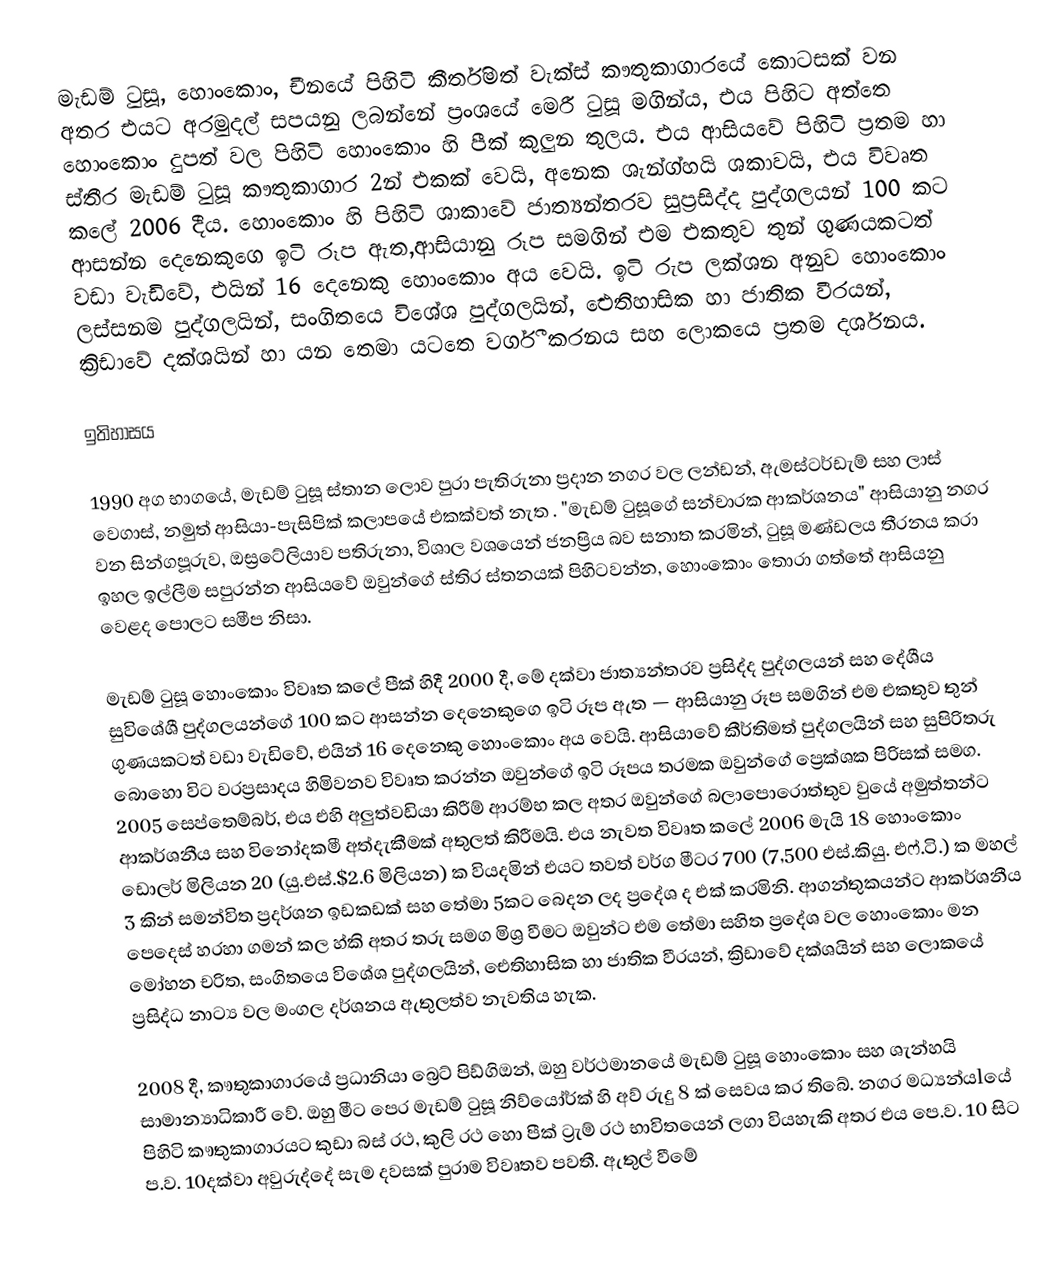
මැඩම් ටුසූ, හොංකොං, චීනයේ පිහිටි කීර්තිමත් වැක්ස් කෟතුකාගාරයේ කොටසක් වන අතර එයට අරමුදල් සපයනු ලබන්නේ ප්‍රංශයේ මෙරී ටුසූ මගින්ය, එය පිහිට අත්තෙ හොංකොං දුපත් වල පිහිටි හොංකොං හි පීක් කුලුන තුලය. එය ආසියවේ පිහිටි ප්‍රතම හා ස්තීර මැඩම් ටුසූ කෟතුකාගාර 2න් එකක් වෙයි, අනෙක ශැන්ග්හයි ශකාවයි, එය විවෘත කලේ 2006 දීය. හොංකොං හි පිහිටි ශාකාවේ ජාත්‍යන්තරව සුප්‍රසිද්ද පුද්ගලයන් 100 කට ආසන්න දෙනෙකුගෙ ඉටි රූප ඇත,ආසියානු රූප සමගින් එම එකතුව තුන් ගුණයකටත් වඩා වැඩිවේ, එයින් 16 දෙනෙකු හොංකොං අය වෙයි. ඉටි රුප ලක්ශන අනුව හොංකොං ලස්සනම පුද්ගලයින්, සංගිතයෙ විශේශ පුද්ගලයින්, ඓතිහාසික හා ජාතික වීරයන්, ක්‍රිඩාවේ දක්ශයින් හා යන තෙමා යටතෙ වර්ගී කරනය සහ ලොකයෙ ප්‍රතම දර්ශනය.

ඉතිහාසය

1990 අග භාගයේ, මැඩම් ටුසූ ස්තාන ලොව පුරා පැතිරුනා ප්‍රදාන නගර වල ලන්ඩන්, ඇමස්ටර්ඩැම් සහ ලාස් වෙගාස්, නමුත් ආසියා-පැසිපික් කලාපයේ එකක්වත් නැත . "මැඩම් ටුසූගේ සන්චාරක ආකර්ශනය" ආසියානු නගර වන සින්ගපූරුව, ඔස්‍රටේලියාව පතිරුනා, විශාල වශයෙන් ජනප්‍රිය බව සනාත කරමින්, ටුසූ මණ්ඩලය තීරනය කරා ඉහල ඉල්ලීම සපුරන්න ආසියවේ ඔවුන්ගේ ස්තිර ස්තනයක් පිහිටවන්න, හොංකොං තොරා ගත්තේ ආසියනු වෙළද පොලට සමීප නිසා.

මැඩම් ටුසූ හොංකොං විවෘත කලේ පීක් හිදී 2000 දී, මේ දක්වා ජාත්‍යන්තරව ප්‍රසිද්ද පුද්ගලයන් සහ දේශීය සුවිශේශී පුද්ගලයන්ගේ 100 කට ආසන්න දෙනෙකුගෙ ඉටි රූප ඇත — ආසියානු රූප සමගින් එම එකතුව තුන් ගුණයකටත් වඩා වැඩිවේ, එයින් 16 දෙනෙකු හොංකොං අය වෙයි. ආසියාවේ කීර්තිමත් පුද්ගලයින් සහ සුපිරිතරු බොහො විට වරප්‍රසාදය හිමිවනව විවෘත කරන්න ඔවුන්ගේ ඉටි රූපය තරමක ඔවුන්ගේ ප්‍රෙක්ශක පිරිසක් සමග. 2005 සෙප්තෙම්බර්, එය එහි අලුත්වඩියා කිරීම් ආරම්භ කල අතර ඔවුන්ගේ බලාපොරොත්තුව වුයේ අමුත්තන්ට ආකර්ශනීය සහ විනෝදකමී අත්දැකීමක් අතුලත් කිරීමයි. එය නැවත විවෘත කලේ 2006 මැයි 18 හොංකොං ඩොලර් මිලියන 20 (යු.එස්.$2.6 මිලියන) ක වියදමින් එයට තවත් වර්ග මීටර 700 (7,500 එස්.කියු. එෆ්.ටි.) ක මහල් 3 කින් සමන්විත ප්‍රදර්ශන ඉඩකඩක් සහ තේමා 5කට බෙදන ලද ප්‍රදේශ ද එක් කරමිනි. ආගන්තුකයන්ට ආකර්ශනීය පෙදෙස් හරහා ගමන් කල හ්කි අතර තරු සමග මිශ්‍ර වීමට ඔවුන්ට එම තේමා සහිත ප්‍රදේශ වල හොංකොං ම‍න‍ මෝ‍හ‍න‍ චරිත, සංගිතයෙ විශේශ පුද්ගලයින්, ඓතිහාසික හා ජාතික වීරයන්, ක්‍රිඩාවේ දක්ශයින් සහ ලොකයේ ප්‍රසිද්ධ නාට්‍ය වල මංගල දර්ශනය ඇතුලත්ව නැවතිය හැක.

2008 දී, කෟතුකාගාරයේ ප්‍රධානියා බ්‍රෙට් පිඩ්ගිඔන්, ඔහු වර්ථමානයේ මැඩම් ටුසූ හොංකොං සහ ශැන්හයි සාමාන්‍යාධිකාරී වේ. ඔහු මීට පෙර මැඩම් ටුසූ නිව්යෝර්ක් හි අව් රුදු 8 ක් සෙවය කර තිබේ. නගර මධ්‍යන්යlයේ පිහිටි කෟතුකාගාරයට කුඩා බස් රථ, කුලි රථ හො පීක් ට්‍රැම් රථ භාවිතයෙන් ලගා වියහැකි අතර එය පෙ.ව. 10 සිට ප.ව. 10දක්වා අවුරුද්දේ සැම දවසක් පුරාම විවෘතව පවතී. ඇතුල් වීමේ